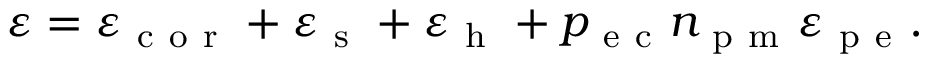
\varepsilon = \varepsilon _ { \mathrm { ~ c ~ o ~ r ~ } } + \varepsilon _ { \mathrm { ~ s ~ } } + \varepsilon _ { \mathrm { ~ h ~ } } + p _ { \mathrm { ~ e ~ c ~ } } n _ { \mathrm { ~ p ~ m ~ } } \varepsilon _ { \mathrm { ~ p ~ e ~ } } .